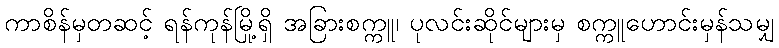
ကာစိန်မှတဆင့် ရန်ကုန်မြို့ရှိ အခြားစက္ကူ၊ ပုလင်းဆိုင်များမှ စက္ကူဟောင်းမှန်သမျှ